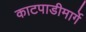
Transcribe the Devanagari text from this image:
काटपाडीमार्गे